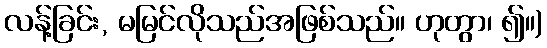
လန့်ခြင်း, မမြင်လိုသည်အဖြစ်သည်။ ဟုတွာ၊ ၍။)